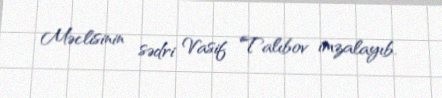
Məclisinin sədri Vasif Talıbov imzalayıb.